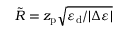
\Tilde { R } = z _ { \mathrm { p } } \sqrt { { \varepsilon _ { \mathrm { d } } } / { \lvert \Delta \varepsilon \rvert } }